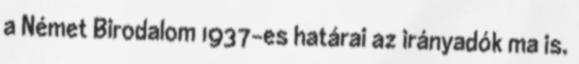
a Német Birodalom 1937-es határai az irányadók ma is.